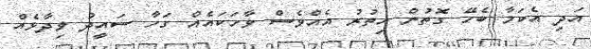
އަދި އެކަމާ ބެހޭ ގޮތުން އިތުރު އެއްވެސް ވާހަކައެއް ގަހާ ސައީދު ވިދާޅެއް